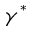
\gamma ^ { * }